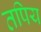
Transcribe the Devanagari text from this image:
तपिय